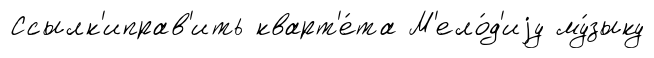
Ссылк'иправ'ить кварт'е́та М'ело́д'иjу му́зыку